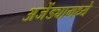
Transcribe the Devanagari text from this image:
अजेंड्यामध्ये